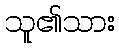
သူ၏သား